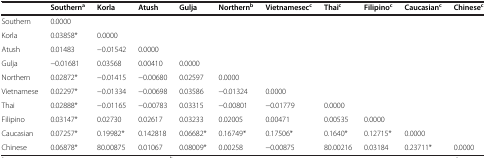
<table><thead><tr><td><b> </b></td><td><b>Southern<sup>a</sup></b></td><td><b>Korla</b></td><td><b>Atush</b></td><td><b>Gulja</b></td><td><b>Northern<sup>b</sup></b></td><td><b>Vietnamesec<sup>c</sup></b></td><td><b>Thai<sup>c</sup></b></td><td><b>Filipino<sup>c</sup></b></td><td><b>Caucasian<sup>c</sup></b></td><td><b>Chinese<sup>c</sup></b></td></tr></thead><tbody><tr><td>Southern</td><td>0.0000</td><td> </td><td> </td><td> </td><td> </td><td> </td><td> </td><td> </td><td> </td><td> </td></tr><tr><td>Korla</td><td>0.03858*</td><td>0.0000</td><td> </td><td> </td><td> </td><td> </td><td> </td><td> </td><td> </td><td> </td></tr><tr><td>Atush</td><td>0.01483</td><td>−0.01542</td><td>0.0000</td><td> </td><td> </td><td> </td><td> </td><td> </td><td> </td><td> </td></tr><tr><td>Gulja</td><td>−0.01681</td><td>0.03568</td><td>0.00410</td><td>0.0000</td><td> </td><td> </td><td> </td><td> </td><td> </td><td> </td></tr><tr><td>Northern</td><td>0.02872*</td><td>−0.01415</td><td>−0.00680</td><td>0.02597</td><td>0.0000</td><td> </td><td> </td><td> </td><td> </td><td> </td></tr><tr><td>Vietnamese</td><td>0.02297*</td><td>−0.01334</td><td>−0.00698</td><td>0.03586</td><td>−0.01324</td><td>0.0000</td><td> </td><td> </td><td> </td><td> </td></tr><tr><td>Thai</td><td>0.02888*</td><td>−0.01165</td><td>−0.00783</td><td>0.03315</td><td>−0.00801</td><td>−0.01779</td><td>0.0000</td><td> </td><td> </td><td> </td></tr><tr><td>Filipino</td><td>0.03147*</td><td>0.02730</td><td>0.02617</td><td>0.03233</td><td>0.02005</td><td>0.00471</td><td>0.00535</td><td>0.0000</td><td> </td><td> </td></tr><tr><td>Caucasian</td><td>0.07257*</td><td>0.19982*</td><td>0.142818</td><td>0.06682*</td><td>0.16749*</td><td>0.17506*</td><td>0.1640*</td><td>0.12715*</td><td>0.0000</td><td> </td></tr><tr><td>Chinese</td><td>0.06878*</td><td>80.00875</td><td>0.01067</td><td>0.08009*</td><td>0.00258</td><td>−0.00875</td><td>80.00216</td><td>0.03184</td><td>0.23711*</td><td>0.0000</td></tr></tbody></table>